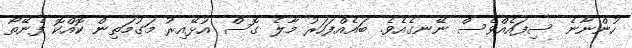
ހުންނާނެ ސިފައެއްވެސް ނޭނގެއެވެ. ބައެއްފަހަރު މާލެ ގޮސް އުޅޭއިރު މަގުމަތިން ކޮއްކޮ ފެނޭތޯ